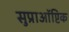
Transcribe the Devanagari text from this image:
सुप्राऑप्टिक